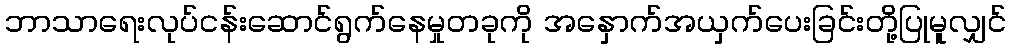
ဘာသာရေးလုပ်ငန်းဆောင်ရွက်နေမှုတခုကို အနှောက်အယှက်ပေးခြင်းတို့ပြုမူလျှင်